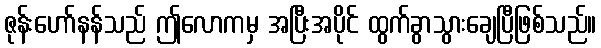
ဇုန်းဟော်နန်သည် ဤလောကမှ အပြီးအပိုင် ထွက်ခွာသွားချေပြီဖြစ်သည်။